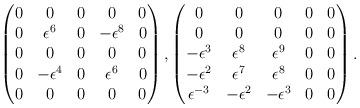
LaTeX: \begin{align*}\begin{pmatrix}0&0&0&0&0\\0&\epsilon^6&0&-\epsilon^{8}&0\\0&0&0&0&0\\0&-\epsilon^4&0&\epsilon^6&0\\0&0&0&0&0\\\end{pmatrix} ,\begin{pmatrix}0&0&0&0&0\\0&0&0&0&0\\-\epsilon^3&\epsilon^8&\epsilon^9&0&0\\-\epsilon^2&\epsilon^7&\epsilon^8&0&0\\\epsilon^{-3}&-\epsilon^2&-\epsilon^3&0&0\\\end{pmatrix} . \end{align*}